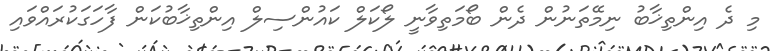
މި ދެ އިންތިޚާބު ނިމޭތަނުން ދެން ބޯމަތިވާނީ ލޯކަލް ކައުންސިލް އިންތިޚާބުކަން ފާހަގަކުރައްވައި